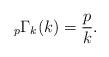
LaTeX: \begin{align*}_{p}\Gamma_{k}(k)=\frac{p}{k}.\end{align*}